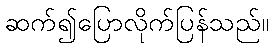
ဆက်၍ပြောလိုက်ပြန်သည်။